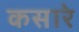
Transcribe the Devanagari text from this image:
कसारे